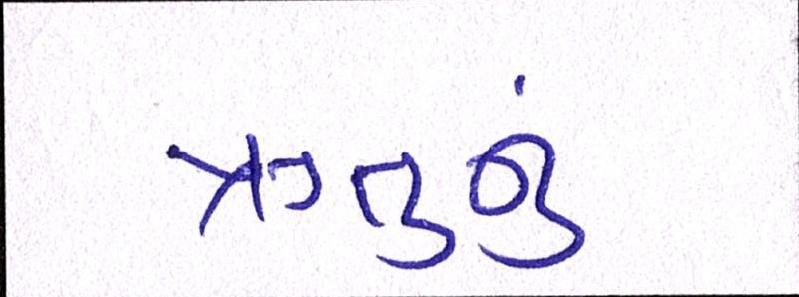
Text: ઋતુનું